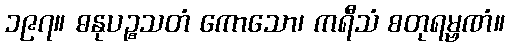
၁၉၇။ ဓနုပဉ္စသတံ ကောသော၊ ကရီသံ စတုရမ္ဗဏံ။